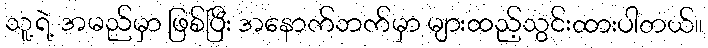
သူ့ရဲ့ အမည်မှာ ဖြစ်ပြီး အနောက်ဘက်မှာ များထည့်သွင်းထားပါတယ်။